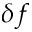
\delta f